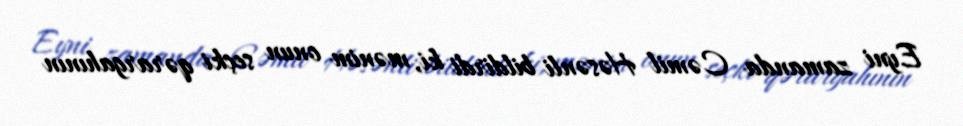
Eyni zamanda Cəmil Həsənli bildirdi ki, mənim onun seçki qərargahının